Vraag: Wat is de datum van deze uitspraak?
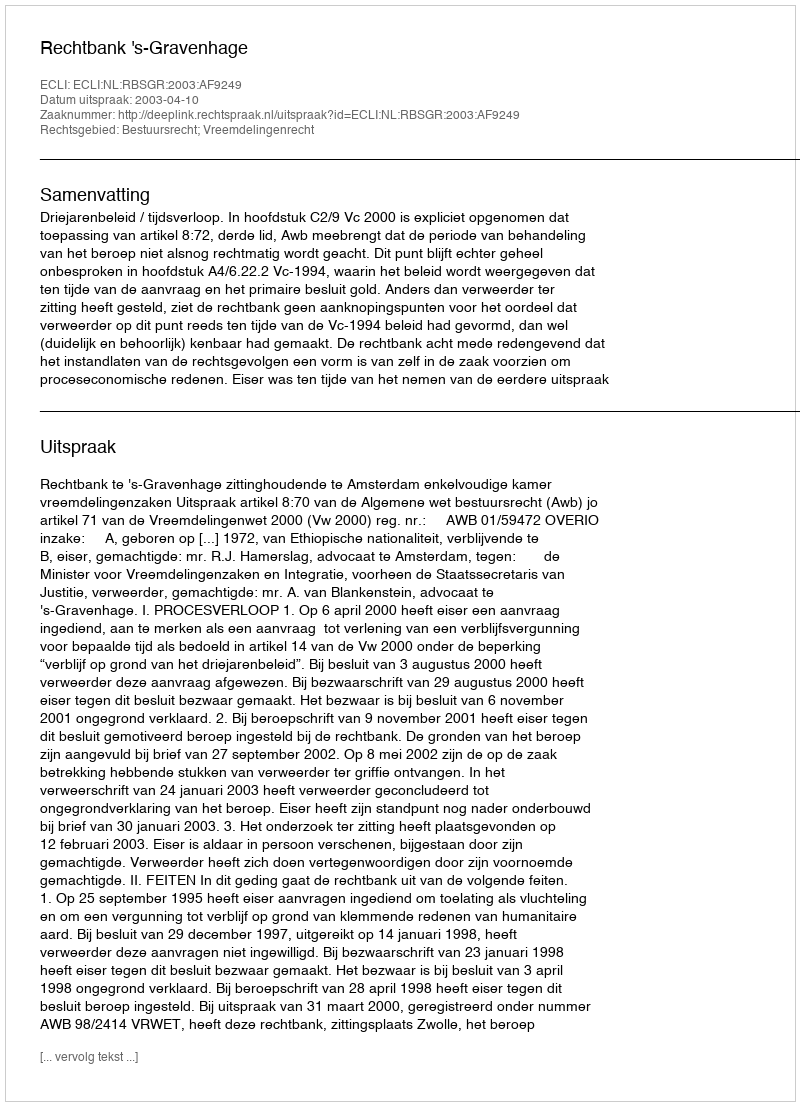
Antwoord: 2003-04-10